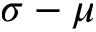
\sigma - \mu